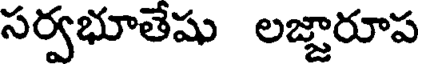
సర్వభూతేషు లజ్ఞారూప